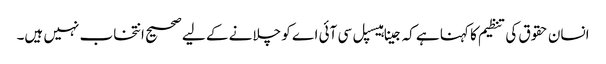
انسان حقوق کی تنظیم کا کہنا ہے کہ جینا ہیسپل سی آئی اے کو چلانے کے لیے صحیح انتخاب نہیں ہیں۔